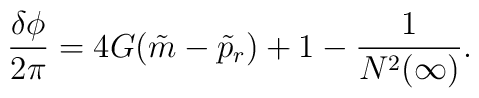
\frac{\delta\phi}{2\pi}=4G(\tilde{m}-\tilde{p}_r)+1-\frac{1}{N^2(\infty)} .